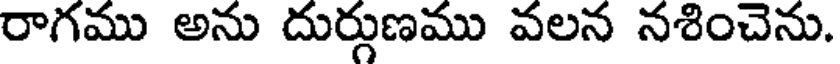
రాగము అను దుర్గుణము వలన నశించెను.